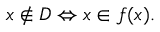
x \notin D \Leftrightarrow x \in f ( x ) .